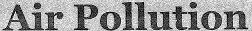
Air Pollution